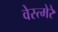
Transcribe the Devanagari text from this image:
वेस्त्मेरे